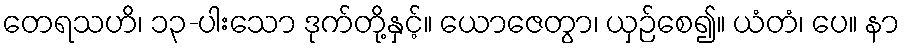
တေရသဟိ၊ ၁၃-ပါးသော ဒုက်တို့နှင့်။ ယောဇေတွာ၊ ယှဉ်စေ၍။ ယံတံ၊ ပေ။ နာ